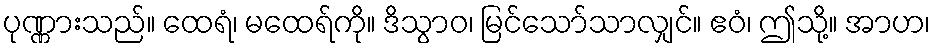
ပုဏ္ဏားသည်။ ထေရံ၊ မထေရ်ကို။ ဒိသွာဝ၊ မြင်သော်သာလျှင်။ ဧဝံ၊ ဤသို့။ အာဟ၊